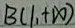
B ( 1 , + \infty )